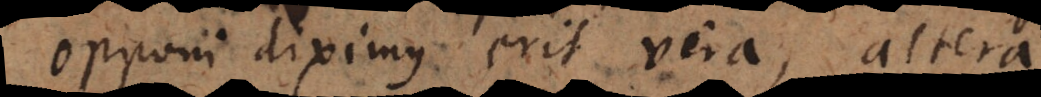
opponi diximus erit vera, altera